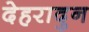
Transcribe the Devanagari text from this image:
देहरादुन